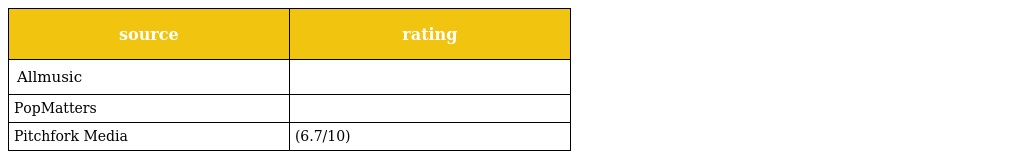
| source | rating |
 | --- | --- |
 | Allmusic |  |
 | PopMatters |  |
 | Pitchfork Media | (6.7/10) |